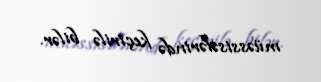
müəssisələrində keçirilə bilər.